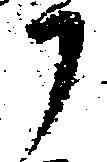
御